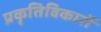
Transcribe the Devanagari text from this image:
प्रकृतिविकारों